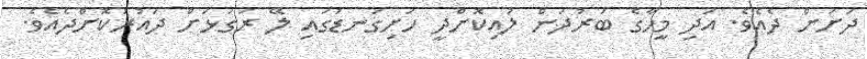
ދަށަށް ދެއެވެ. އަދި މީހާގެ ބަރުދަން ލުއިކޮށްދީ ހަށިގަނޑުގައި ލޭ ރަގަޅަށް ދައުރުކޮށްދެއެވެ.